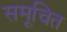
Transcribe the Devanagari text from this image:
समूचित